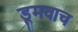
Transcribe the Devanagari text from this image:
डूमवाच